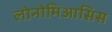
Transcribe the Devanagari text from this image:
लोनोमिआसिस